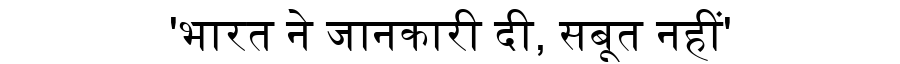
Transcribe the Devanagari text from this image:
'भारत ने जानकारी दी, सबूत नहीं'